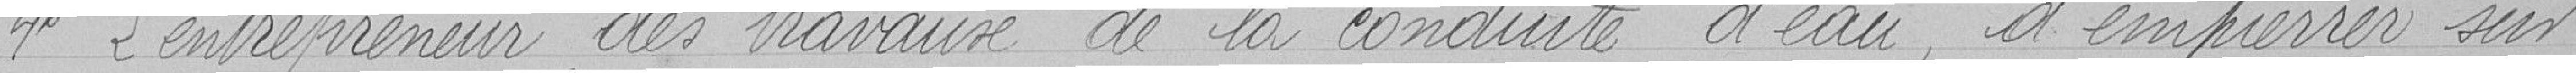
4° L'entrepreneur des travaux de la conduite d'eau, d'empierrer sur